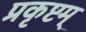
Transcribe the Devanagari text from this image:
प्रकृष्टम्